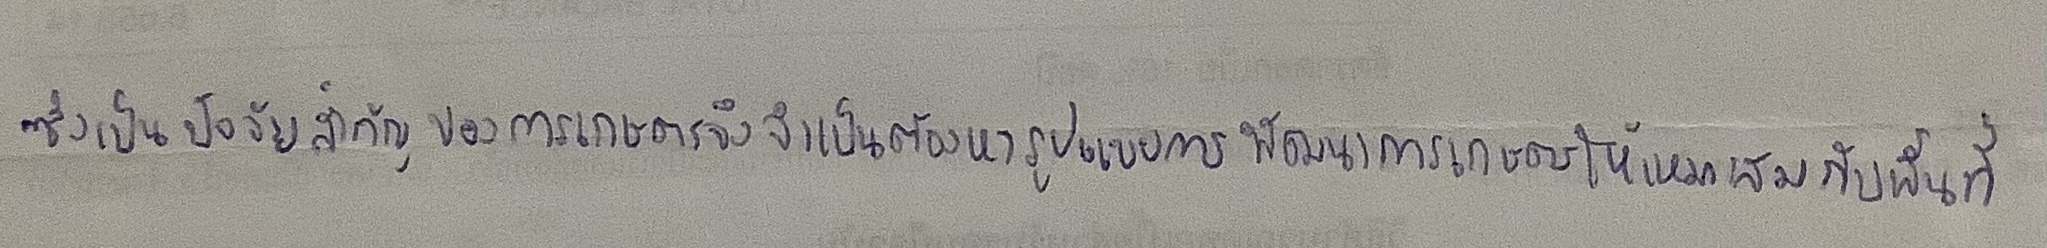
ซึ่งเป็นปัจจัยสำคัญของการเกษตรจึงจำเป็นต้องหารูปแบบการพัฒนาการเกษตรให้เหมาะสมกับพื้นที่